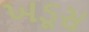
ખડૂસ